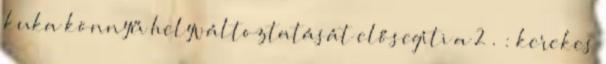
kuka könnyű helyváltoztatását elősegíti a 2 . : kerekes